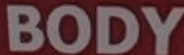
BODY